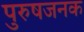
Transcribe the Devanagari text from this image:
पुरुषजनक